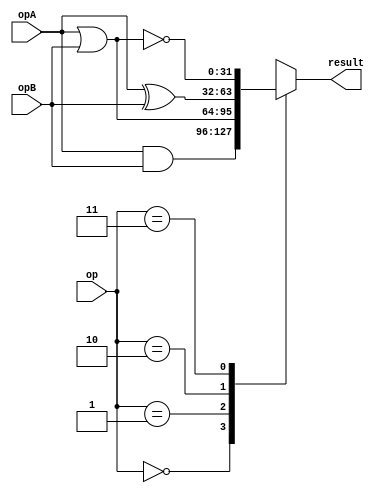
module logic_unit (
            opA, opB,
            op,
            result);
parameter WIDTH=32;


input [WIDTH-1:0] opA;
input [WIDTH-1:0] opB;
input [2-1:0] op;
output [WIDTH-1:0] result;

reg [WIDTH-1:0] logic_result;

always@(opA or opB or op )
    case(op)
        2'b00:
            logic_result=opA&opB;
        2'b01:
            logic_result=opA|opB;
        2'b10:
            logic_result=opA^opB;
        2'b11:
            logic_result=~(opA|opB);
    endcase

assign result=logic_result;


endmodule